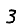
Digit: 3